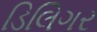
ડિલિગર